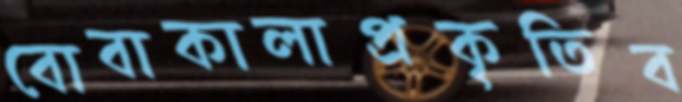
বোবাকালাপ্রকৃতিব